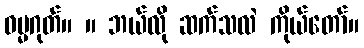
ဓမ္မဂုတ်။ ။ ဘယ်လို ဆက်သလဲ ကိုယ်တော်။